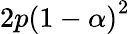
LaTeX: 2p\left(1-\alpha\right)^{2}